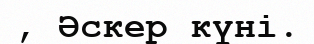
, Әскер күні.